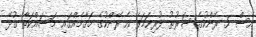
އެސް 5 ރޭންކުގެ ޝަރުޠު ފުރިހަމަވެ އެ ރޭންކުގެ މަޤާމެއްގައި މަސައްކަތާ ގުޅޭ